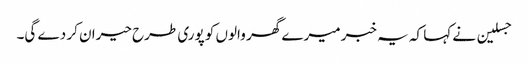
جسلین نے کہا کہ یہ خبر میرے گھر والوں کو پوری طرح حیران کر دے گی۔